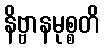
နိဗ္ဗာနမုစ္စတိ